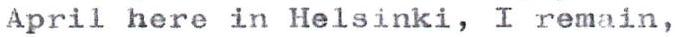
April here in Helsinki, I remain,